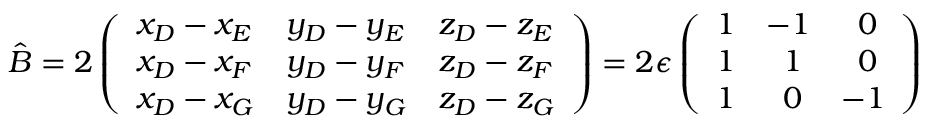
\hat { B } = 2 \left( \begin{array} { l l l } { x _ { D } - x _ { E } } & { y _ { D } - y _ { E } } & { z _ { D } - z _ { E } } \\ { x _ { D } - x _ { F } } & { y _ { D } - y _ { F } } & { z _ { D } - z _ { F } } \\ { x _ { D } - x _ { G } } & { y _ { D } - y _ { G } } & { z _ { D } - z _ { G } } \end{array} \right) = 2 \epsilon \left( \begin{array} { l l l } { 1 } & { - 1 } & { \; \; 0 } \\ { 1 } & { \; \; 1 } & { \; \; 0 } \\ { 1 } & { \; \; 0 } & { - 1 } \end{array} \right)